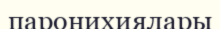
паронихиялары